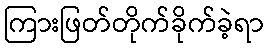
ကြားဖြတ်တိုက်ခိုက်ခဲ့ရာ